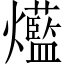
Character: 𤓆